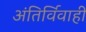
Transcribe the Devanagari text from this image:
अंतिर्विवाही